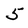
Character: 5